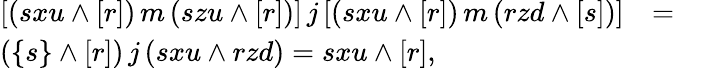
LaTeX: \begin{array}{lll}{{[(sxu\wedge[r])\, m\, (szu\wedge[r])]\, j\, [(sxu\wedge[r])\, m\, (rzd\wedge[s])]}}&{{=}}&{{}}\\ {{(\{ s\} \wedge[r])\, j\, (sxu\wedge rzd)=sxu\wedge[r],}}&{{}}&{{}}\end{array}